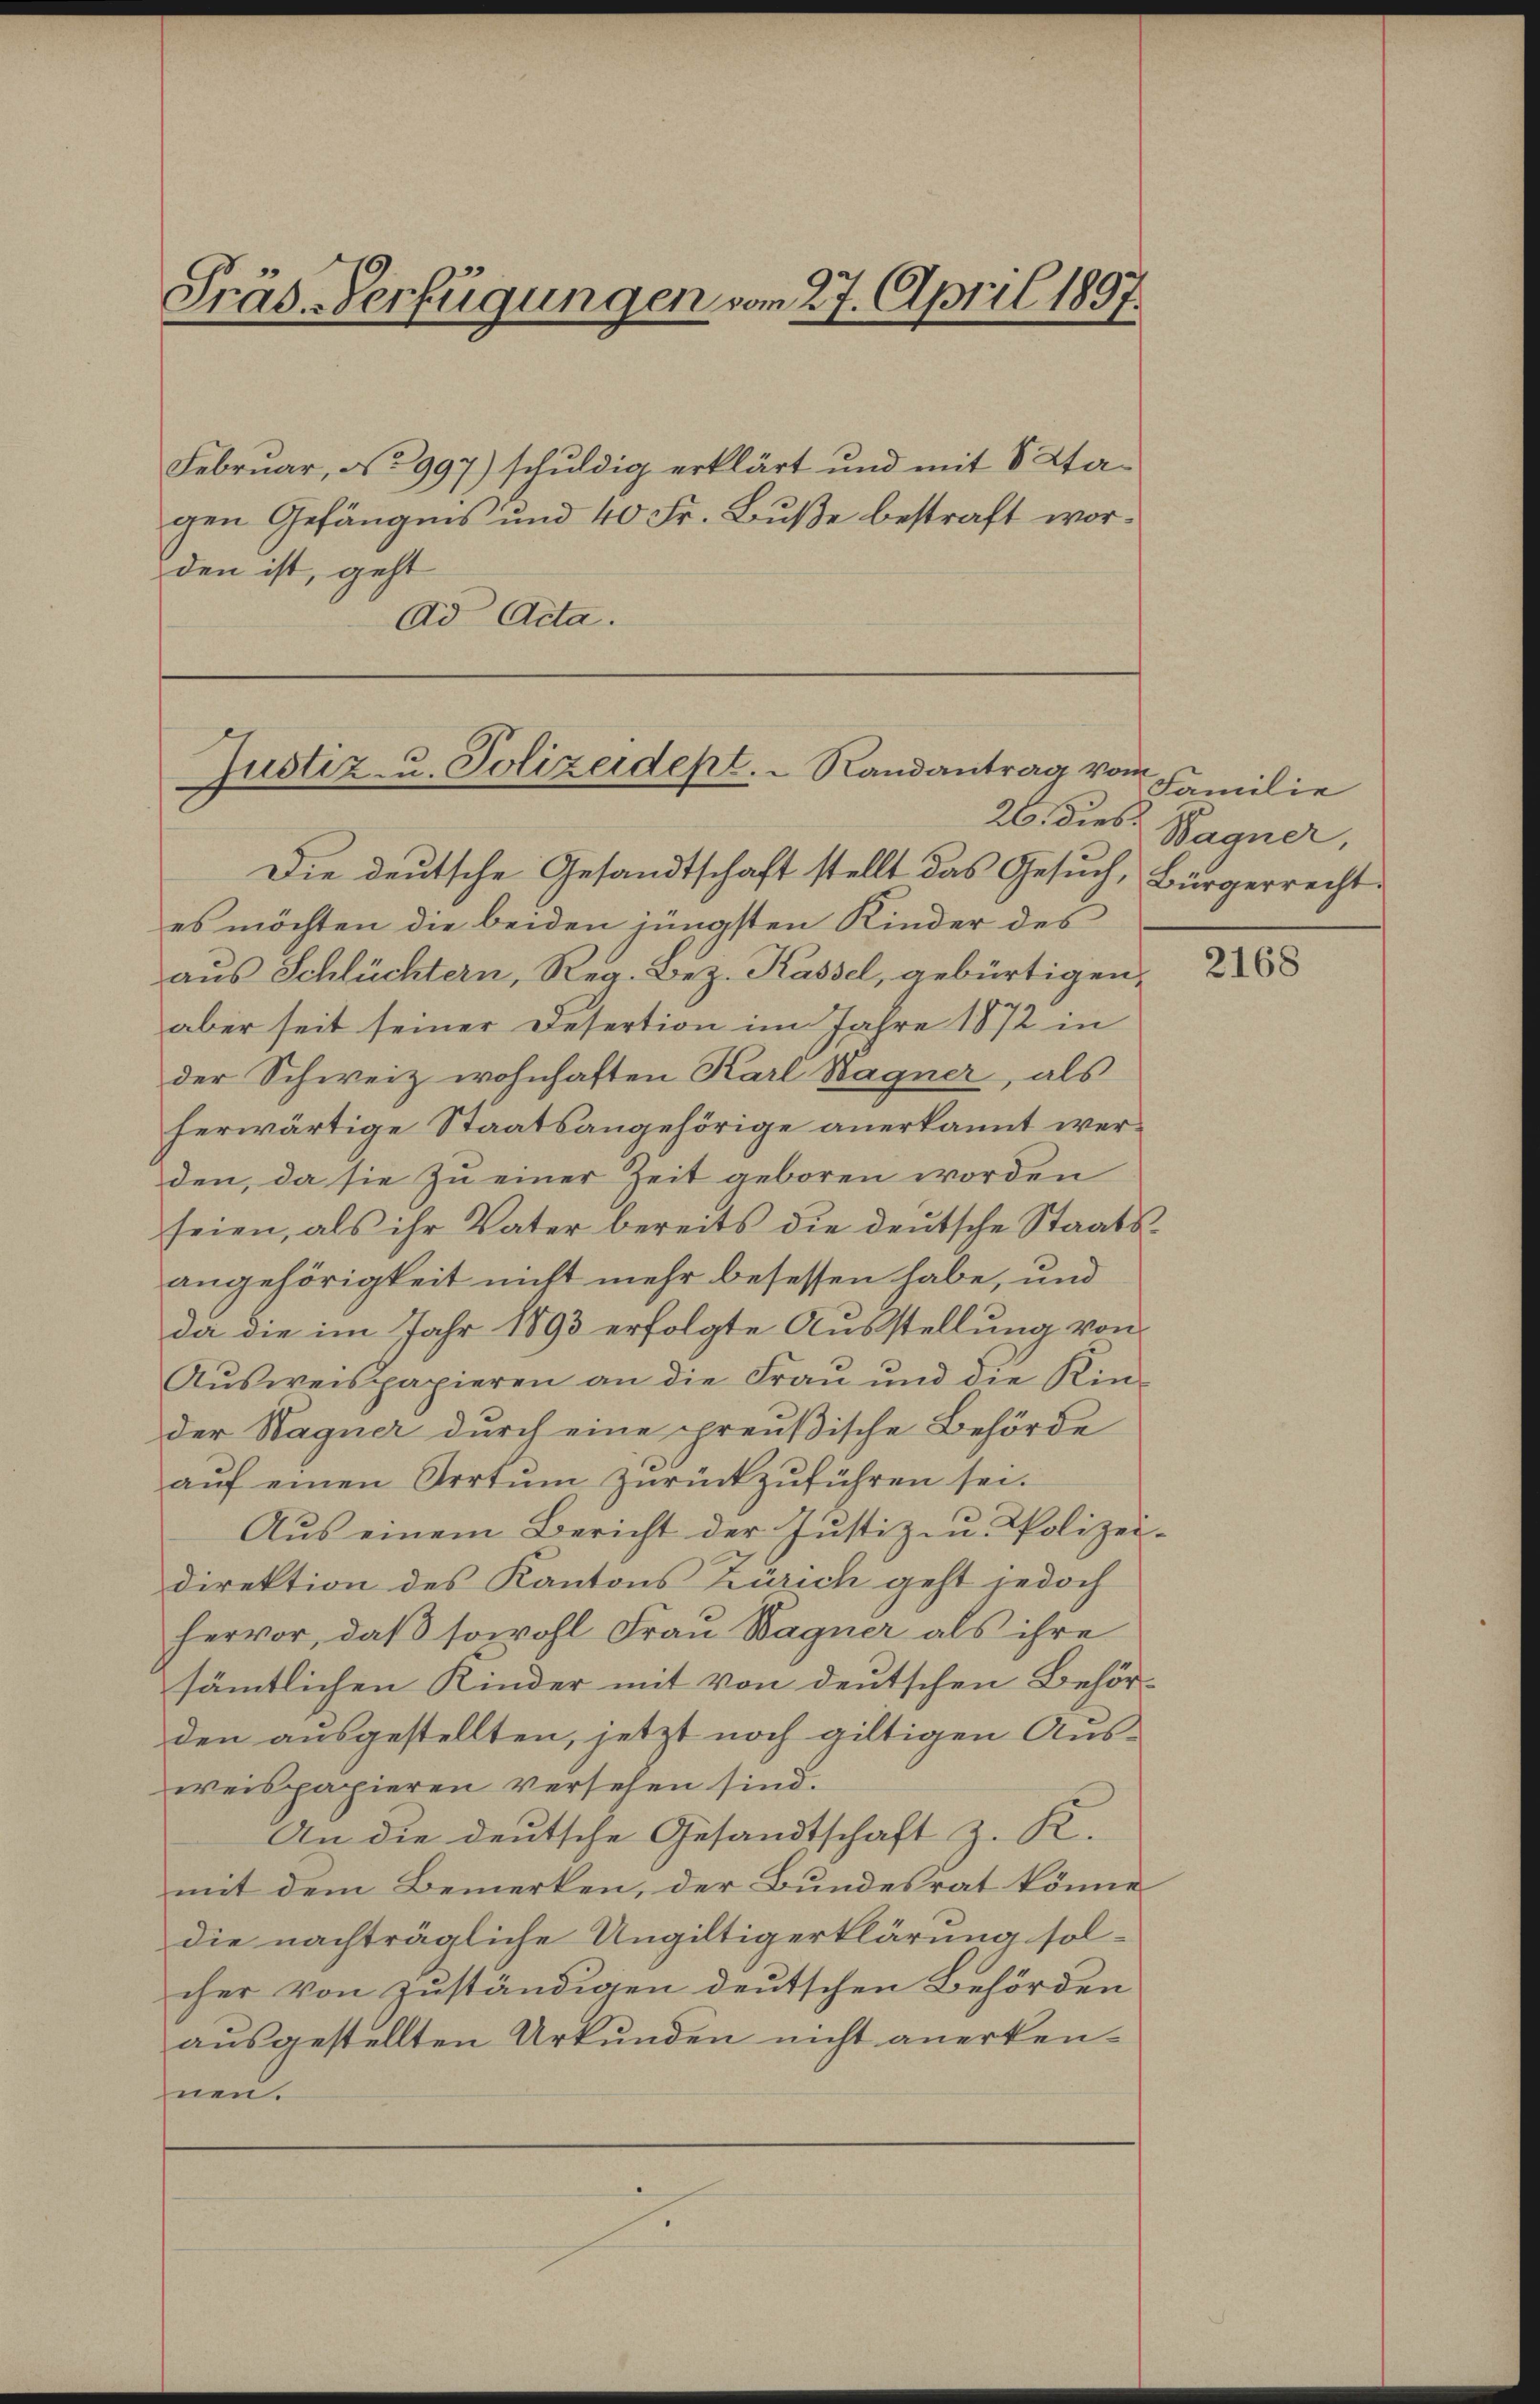
Präs. Verfügungen vom 27. April 1897.

Februar, No 997) schuldig erklärt und mit 8 Stagen Gefängnis und 40 Fr. Buße bestraft worden ist, geht
Ad Acta.

Justiz- u. Polizeidept. Randantrag vom
26. Dieb.

Die deutsche Gesandtschaft stellt das Gesŭch, Bürgerrecht.
es möchten die beiden jüngsten Kinder des
aus Schlüchtern, Reg. Bez. Kassel, gebürtigen,
aber seit seiner Desertion im Jahre 1872 in
der Schweiz wohnhaften Karl Sagner, als
herwärtige Staatsangehörige anerkannt werden, da sie zu einer Zeit geboren worden
seien, als ihr Vater bereits die deŭtsche Staatsangehörigkeit nicht mehr besessen habe, und
da die im Jahr 1893 erfolgte Ausstellung von
Ausweispapieren an die Frau und die Kin-
der Wagner durch eine preußische Behörde
aŭf einen Arrtŭm zŭrückzŭführen sei.
Aus einem Bericht der Justiz- u. Polizei-
direktion des Kantons Zürich geht jedoch
hervor, daß sowohl Frau Wagner als ihre
sämtlichen Kinder mit von deutschen Behörden ausgestellten, jetzt noch giltigen Aus-
weispapieren versehen sind.
An die deutsche Gesandtschaft z. K.
mit dem Bemerken, der Bundesrat könne
die nachträgliche Ungiltigerklärung sol-
cher von zuständigen deutschen Behörden
ausgestellten Urkunden nicht anerkennen.

Familie
Wagner,

2168